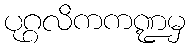
ပုဂ္ဂလိကကဏ္ဍမှ